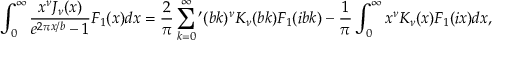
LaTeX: \int _ { 0 } ^ { \infty } { \frac { x ^ { \nu } J _ { \nu } ( x ) } { e ^ { 2 \pi x / b } - 1 } F _ { 1 } ( x ) d x } = \frac { 2 } { \pi } \sum _ { k = 0 } ^ { \infty } { ' } ( b k ) ^ { \nu } K _ { \nu } ( b k ) F _ { 1 } ( i b k ) - \frac { 1 } { \pi } \int _ { 0 } ^ { \infty } { x ^ { \nu } K _ { \nu } ( x ) F _ { 1 } ( i x ) d x } ,